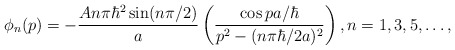
\begin{align*}\phi_{n}(p)=-\frac{An\pi\hbar^{2}\sin(n\pi/2)}{a}\left( \frac{\cos pa/\hbar}{p^{2}-(n\pi\hbar/2a)^{2}}\right) ,n=1,3,5,\ldots,\end{align*}